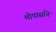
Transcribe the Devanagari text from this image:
मोपासाँने